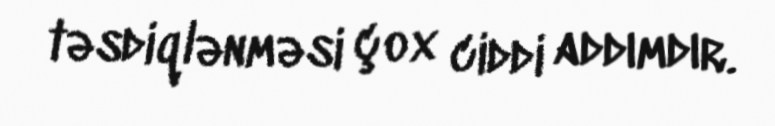
təsdiqlənməsi çox ciddi addımdır.